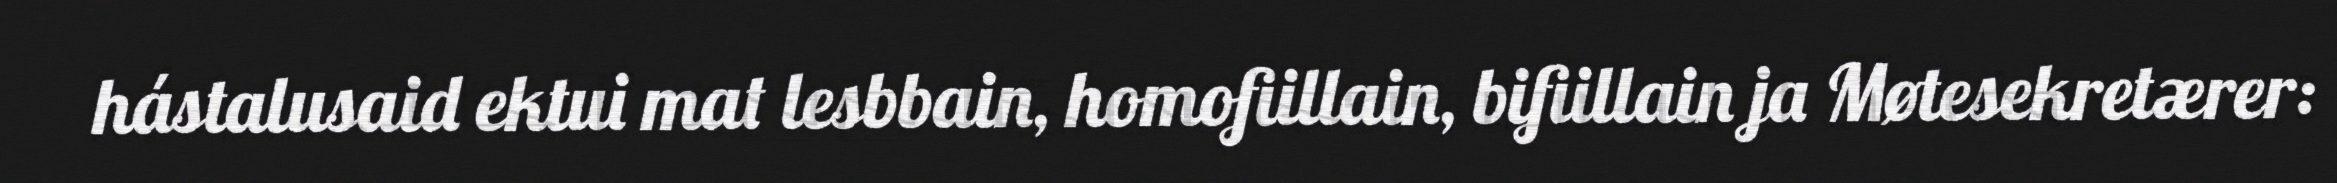
hástalusaid ektui mat lesbbain, homofiillain, bifiillain ja Møtesekretærer: